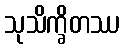
သုသိက္ခိတဿ